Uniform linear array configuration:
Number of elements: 32
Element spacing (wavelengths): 0.5
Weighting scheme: cosine
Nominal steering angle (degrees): -30
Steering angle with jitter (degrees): -30.443
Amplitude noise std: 0.05
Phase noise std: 0.05

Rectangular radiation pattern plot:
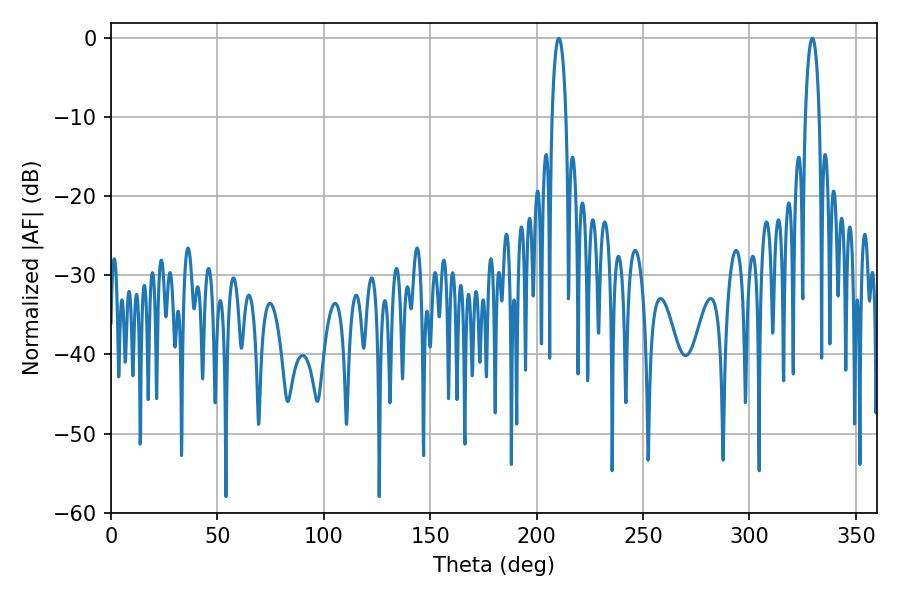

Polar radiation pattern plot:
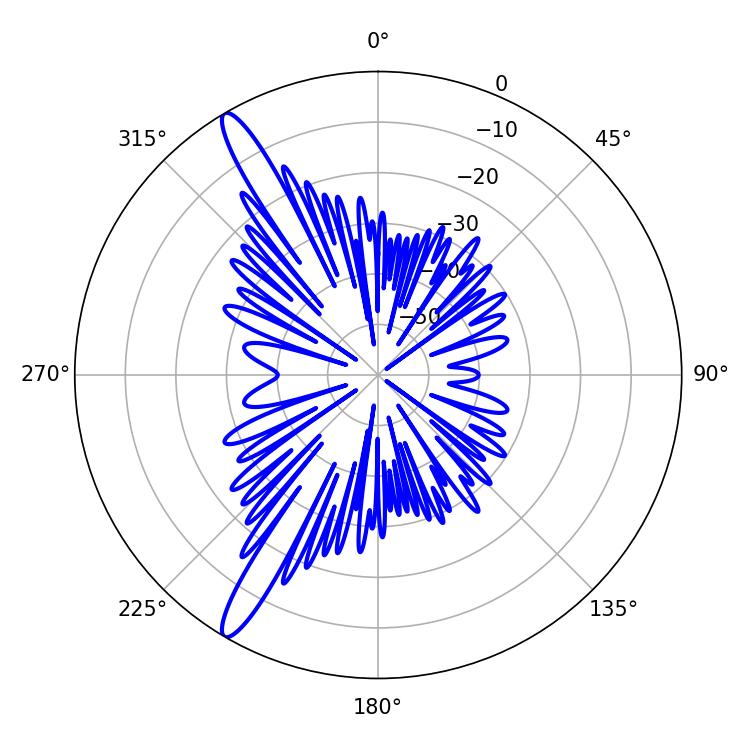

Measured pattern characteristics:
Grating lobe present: FALSE
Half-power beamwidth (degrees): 3.6
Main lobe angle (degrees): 210.42